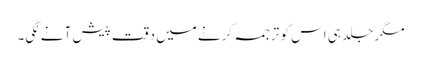
مگر جلد ہی اس کو ترجمہ کرنے میں دقت پیش آنے لگی۔